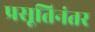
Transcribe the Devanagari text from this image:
प्रसूतिनंतर